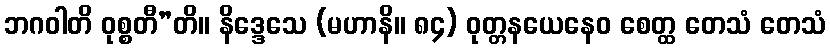
ဘဂဝါတိ ဝုစ္စတီ”တိ။ နိဒ္ဒေသေ (မဟာနိ။ ၈၄) ဝုတ္တနယေနေဝ စေတ္ထ တေသံ တေသံ